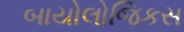
બાયોલોજિકસ